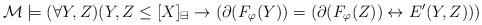
LaTeX: \begin{align*} \mathcal M \models (\forall Y, Z)(Y,Z\leq [X]_\boxminus \rightarrow (\partial(F_\varphi(Y)) = (\partial(F_\varphi(Z)) \leftrightarrow E'(Y,Z)))\end{align*}